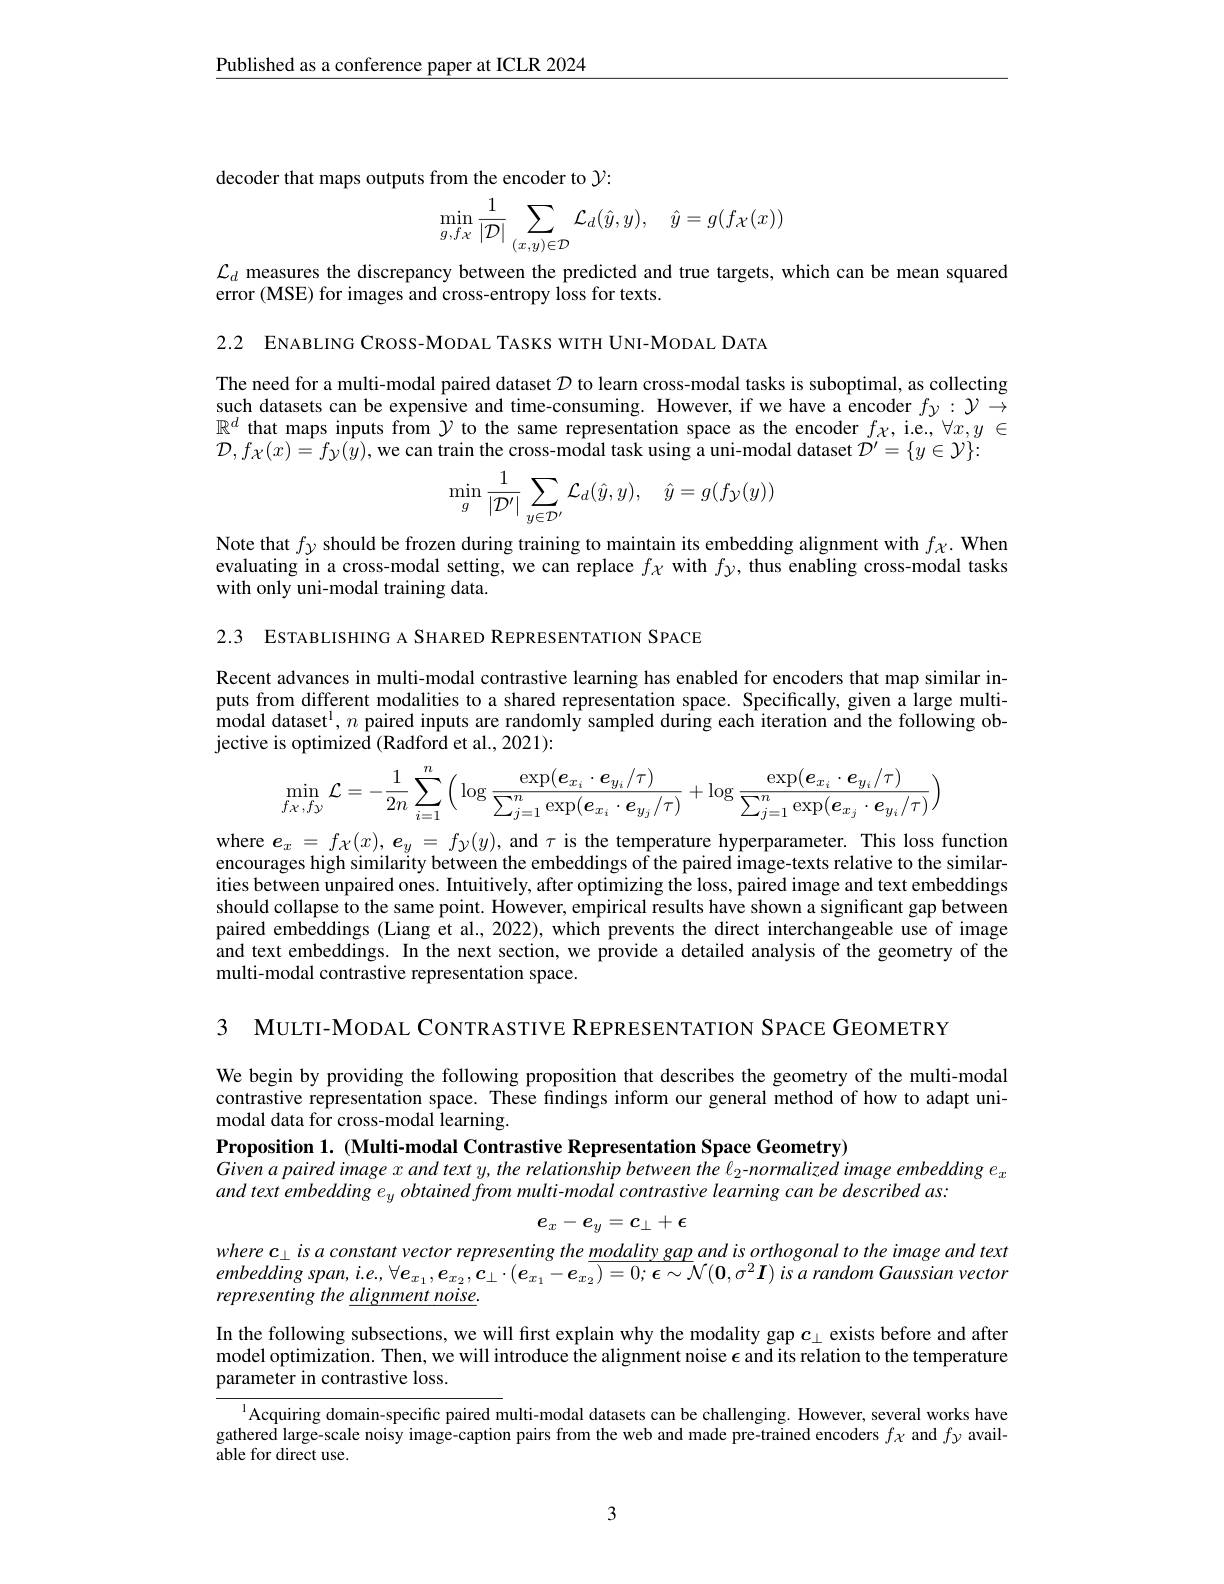
$\underline{\text{Published as a conference paper at ICLR 2024}}$

decoder that maps outputs from the encoder to $\mathcal{Y}:$
$$\min\limits_{g,f\chi}\frac{1}{|\mathcal{D}|}\sum\limits_{(x,y)\in\mathcal{D}}\mathcal{L}_{d}(\hat{y},y),\quad\hat{y}=g(f_{\mathcal{X}}(x))$$
$\mathcal{L}_d$ measures the discrepancy between the predicted and true targets, which can be mean squared
error (MSE) for images and cross-entropy loss for texts.

2.2 ENABLING CROSS-MODAL TASKS WITH UNI-MODAL DATA

The need for a multi-modal paired dataset $D$ to learn cross-modal tasks is suboptimal, as collecting such datasets can be expensive and time-consuming. However, if we have a encoder $fy:\mathcal{Y}\to$ $\mathbb{R}^d$ that maps inputs from $\mathcal{Y}$ to the same representation space as the encoder $f_\mathcal{X}$, i.e., $\forall x,y\in$ $\mathcal{D},f_{\mathcal{X}}(x)=\hat{f}_{\mathcal{Y}}(\dot{y})$,we can train the cross-modal task using a uni-modal dataset $\mathcal{D}^\prime=\{y\in\mathcal{Y}\}:$
$$\min_{g}\frac{1}{|\mathcal{D}'|}\sum_{y\in\mathcal{D}'}\mathcal{L}_{d}(\hat{y},y),\quad\hat{y}=g(f_{\mathcal{Y}}(y))$$
Note that $fy$ should be frozen during training to maintain its embedding alignment with $f_{\chi}.$ When evaluating in a cross-modal setting, we can replace $f_{\chi}$ with $f_\mathrm{y}$, thus enabling cross-modal tasks with only uni-modal training data.

2.3 ESTABLISHING A SHARED REPRESENTATION SPACE

Recent advances in multi-modal contrastive learning has enabled for encoders that map similar inputs from different modalities to a shared representation space. Specifically, given a large multi- $\hat{\text{modal dataset}}^1,n$ paired inputs are randomly sampled during each iteration and the following objective is optimized (Radford et al., 2021):
$$\min\limits_{f_{\mathcal X},f_{\mathcal Y}}\mathcal{L}=-\frac{1}{2n}\sum\limits_{i=1}^{n}\Big(\log\frac{\exp(\boldsymbol{e}_{x_{i}}\cdot\boldsymbol{e}_{y_{i}}/\tau)}{\sum\limits_{j=1}^{n}\exp(\boldsymbol{e}_{x_{i}}\cdot\boldsymbol{e}_{y_{j}}/\tau)}+\log\frac{\exp(\boldsymbol{e}_{x_{i}}\cdot\boldsymbol{e}_{y_{i}}/\tau)}{\sum\limits_{j=1}^{n}\exp(\boldsymbol{e}_{x_{j}}\cdot\boldsymbol{e}_{y_{i}}/\tau)}\Big)$$
where $\boldsymbol{e}_x=f_{\mathcal{X}}(x),\boldsymbol{e}_y=f_{\mathcal{Y}}(y)$, and $\tau$ is the temperature hyperparameter. This loss function encourages high similarity between the embeddings of the paired image-texts relative to the similarities between unpaired ones. Intuitively, after optimizing the loss, paired image and text embeddings should collapse to the same point. However, empirical results have shown a significant gap between paired embeddings (Liang et al., 2022), which prevents the direct interchangeable use of image and text embeddings. In the next section, we provide a detailed analysis of the geometry of the multi-modal contrastive representation space.

3 MULTI-MODAL CONTRASTIVE REPRESENTATION SPACE GEOMETRY

We begin by providing the following proposition that describes the geometry of the multi-modal contrastive representation space. These findings inform our general method of how to adapt unimodal data for cross-modal learning.
Proposition 1. (Multi-modal Contrastive Representation Space Geometry)
Given a paired image $x$ and text $y$, the relationship between the l$_2$-normalized image embedding $e_x$
and text embedding $e_y\textit{ obtained from multi- modal contrastive learning can be described as: }$

$e_x-e_y=c_\perp+\epsilon$
$wherec_{\perp}isaconstantvectorrepresentingthe\frac{modalitygap}{(2\pi)}andisorthogonaltotheimageandtext$

embedding $span, i. e, \forall e_{x_1}, e_{x_2}, c_\perp \cdot ( e_{x_1}- e_{x_2}) = 0; \epsilon \sim \mathcal{N} ( 0, \sigma ^2\boldsymbol{I})$ $is$ $a$ random Gaussian vector
representing the $\underline alignment$ noise.

In the following subsections, we will first explain why the modality gap $c_\perp$ exists before and after model optimization. Then, we will introduce the alignment noise $\epsilon$ and its relation to the temperature parameter in contrastive loss.

$^{1}$Acquiring domain-specific paired multi-modal datasets can be challenging. However, several works have gathered large-scale noisy image-caption pairs from the web and made pre-trained encoders $f\chi$ and $fy$ available for direct use.

3